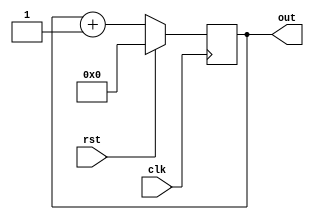
module Rishabh_counter(
input clk,
   input rst,
   output reg [3:0] out
);      		
                   	          	
// student code here
always@(posedge clk) begin
if(rst) 
out<=0;
else
out<=out+1;
end
endmodule